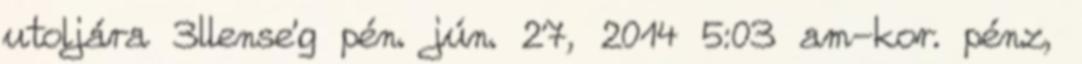
utoljára 3llense'g pén. jún. 27, 2014 5:03 am-kor. pénz,